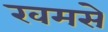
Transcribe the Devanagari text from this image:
खमसे